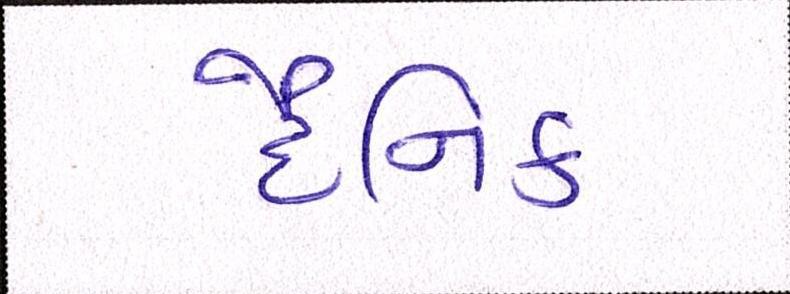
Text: દૈનિક